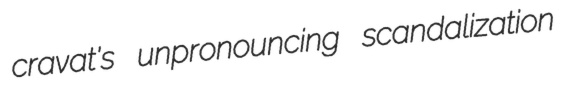
cravat's unpronouncing scandalization